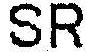
SR